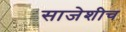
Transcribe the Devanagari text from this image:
साजेशीच